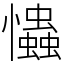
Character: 𢥞